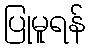
ပြုမူရန်